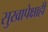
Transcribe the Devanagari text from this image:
सुखापेक्षाही